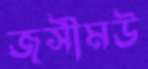
জসীমউ